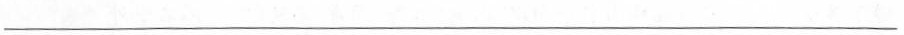
___